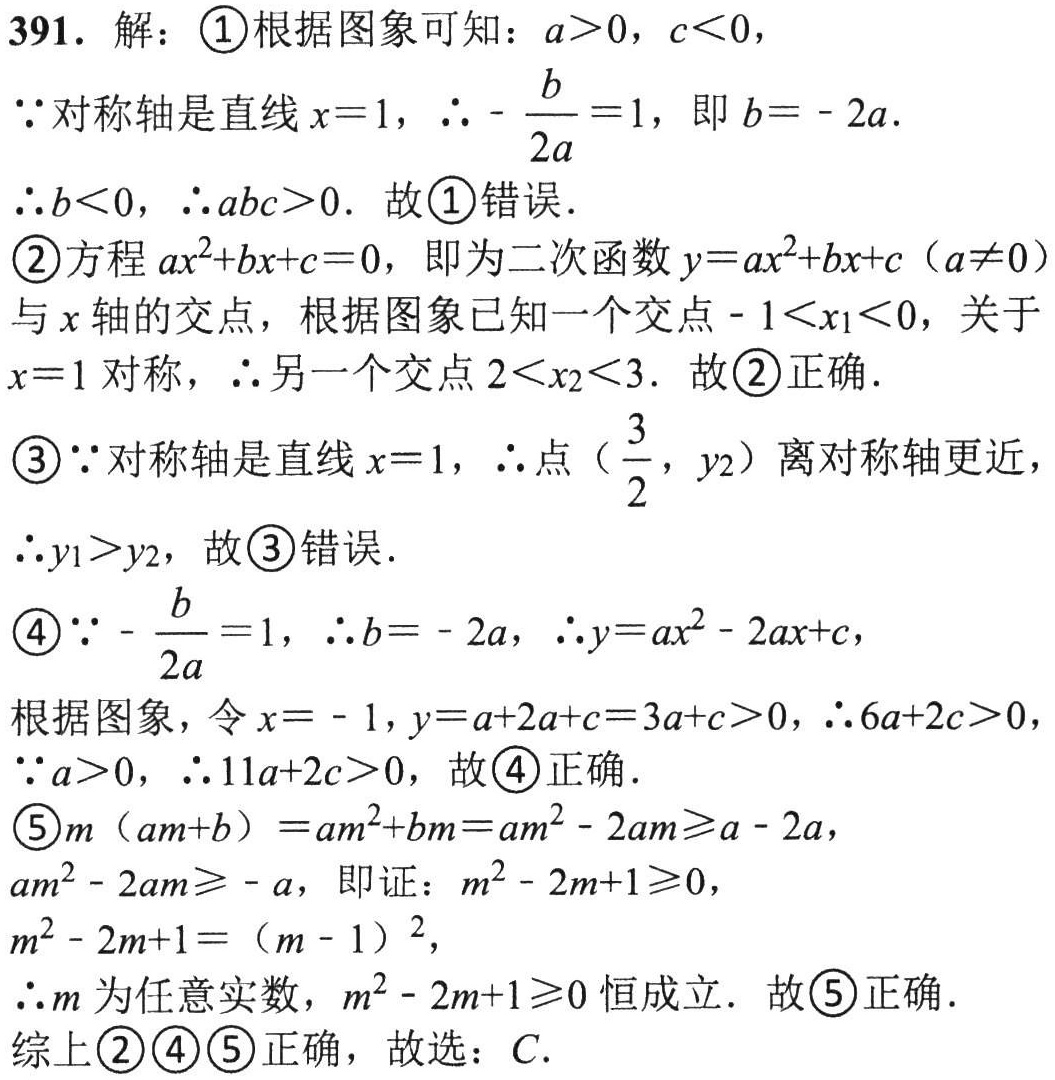
391. 解：\textcircled{1}根据图象可知：\(a > 0\)，\(c < 0\)，

\(\because\)对称轴是直线\(x = 1\)，\(\therefore-\frac{b}{2a}=1\)，即\(b = - 2a\).

\(\therefore b < 0\)，\(\therefore abc>0\). 故\textcircled{1}错误.

\textcircled{2}方程\(ax^{2}+bx + c = 0\)，即为二次函数\(y = ax^{2}+bx + c\ (a\neq0)\)与\(x\)轴的交点，根据图象已知一个交点\(-1 < x_{1}<0\)，关于\(x = 1\)对称，\(\therefore\)另一个交点\(2 < x_{2}<3\). 故\textcircled{2}正确.

\textcircled{3}\(\because\)对称轴是直线\(x = 1\)，\(\therefore\)点\((\frac{3}{2},y_{2})\)离对称轴更近，

\(\therefore y_{1}>y_{2}\)，故\textcircled{3}错误.

\textcircled{4}\(\because-\frac{b}{2a}=1\)，\(\therefore b = - 2a\)，\(\therefore y = ax^{2}-2ax + c\)，

根据图象，令\(x = - 1\)，\(y = a + 2a + c = 3a + c>0\)，\(\therefore6a + 2c>0\)，

\(\because a>0\)，\(\therefore11a + 2c>0\)，故\textcircled{4}正确.

\textcircled{5}\(m(am + b)=am^{2}+bm = am^{2}-2am\geqslant a - 2a\)，

\(am^{2}-2am\geqslant - a\)，即证：\(m^{2}-2m + 1\geqslant0\)，

\(m^{2}-2m + 1=(m - 1)^{2}\)，

\(\therefore m\)为任意实数，\(m^{2}-2m + 1\geqslant0\)恒成立. 故\textcircled{5}正确.

综上\textcircled{2}\textcircled{4}\textcircled{5}正确，故选：\(C\).